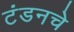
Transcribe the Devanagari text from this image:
टंडनचे